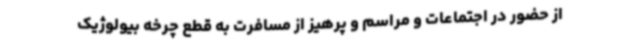
از حضور در اجتماعات و مراسم و پرهیز از مسافرت به قطع چرخه بیولوژیک